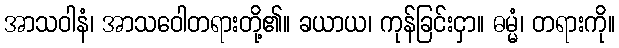
အာသဝါနံ၊ အာသဝေါတရားတို့၏။ ခယာယ၊ ကုန်ခြင်းငှာ။ ဓမ္မံ၊ တရားကို။